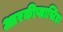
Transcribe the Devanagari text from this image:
आरकीप्लास्टिडा